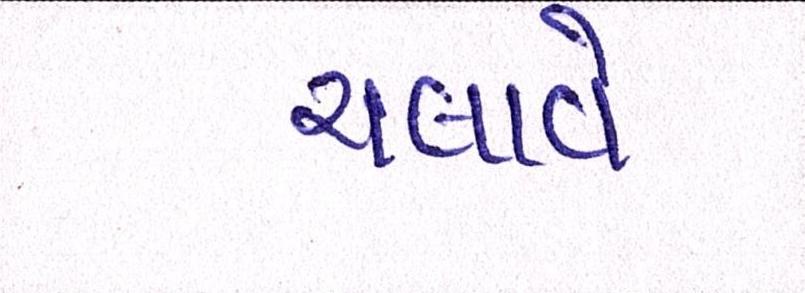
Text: ચલાવે